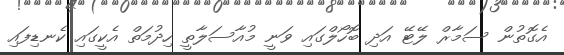
އެގޮތުން ސަމާރް ލޭޓޭ އަދި ބޮހޯލްގައި ވަނީ މުއާސަލާތީ ހިދުމަތް އެކީގައި ކެނޑިފައި